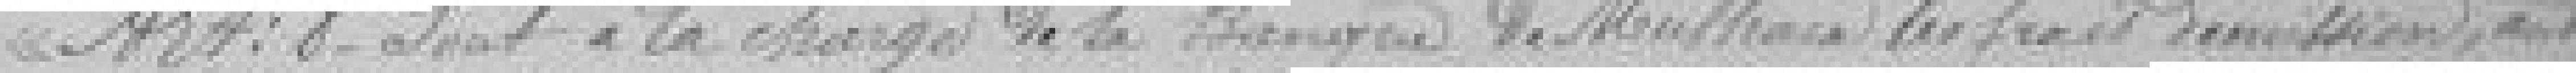
Art.8  Sont à la charge de la Banque de Mulhouse les frais d'émission, autres